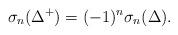
LaTeX: \begin{align*} \sigma_n (\Delta^+ )=(-1)^n \sigma_n (\Delta ) .\end{align*}